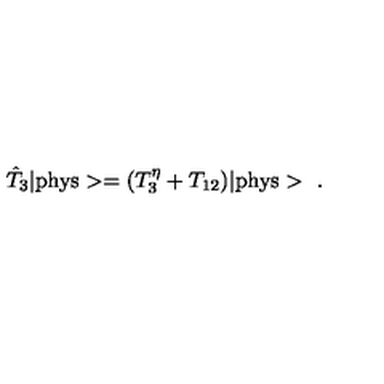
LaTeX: \hat { T } _ { 3 } | \mathrm { p h y s } > = ( T _ { 3 } ^ { \eta } + T \sb { 1 2 } ) | \mathrm { p h y s } > \ .